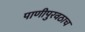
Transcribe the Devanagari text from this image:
पाणीपुरवठाच